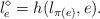
LaTeX: \begin{align*}l^\diamond_e=h(l_{\pi(e)},e).\end{align*}